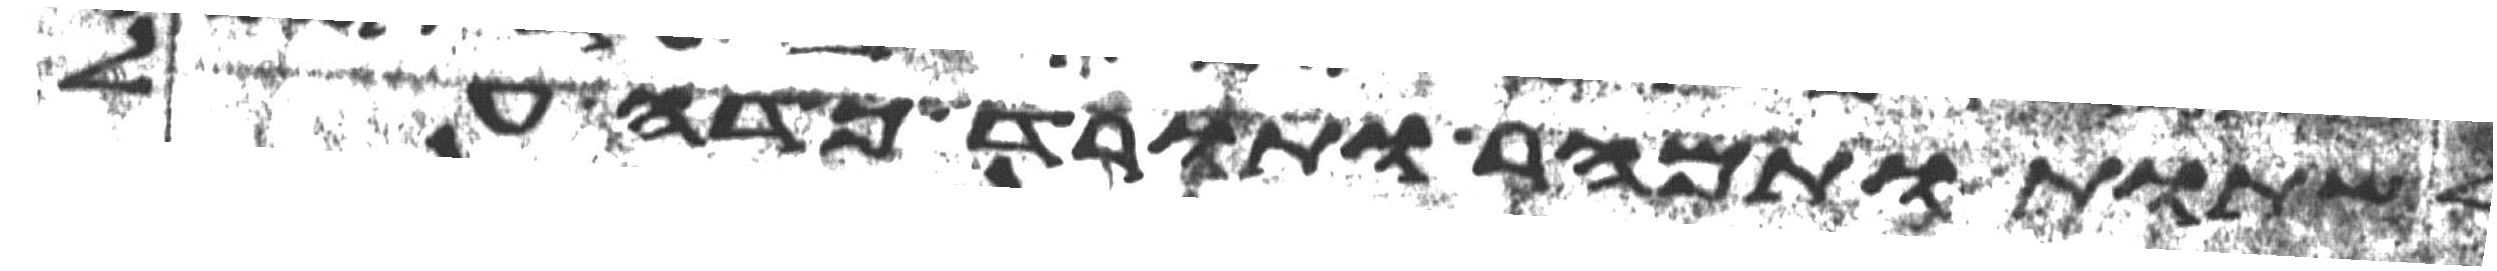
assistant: לשתות ותמהר ותורד כדה על